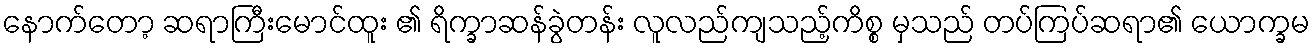
နောက်တော့ ဆရာကြီးမောင်ထူး ၏ ရိက္ခာဆန်ခွဲတန်း လူလည်ကျသည့်ကိစ္စ မှသည် တပ်ကြပ်ဆရာ၏ ယောက္ခမ